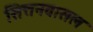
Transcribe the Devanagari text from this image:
सित्तनवासल